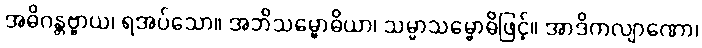
အဓိဂန္တဗ္ဗာယ၊ ရအပ်သော။ အဘိသမ္ဗောဓိယာ၊ သမ္မာသမ္ဗောဓိဖြင့်။ အာဒိကလျာဏော၊